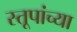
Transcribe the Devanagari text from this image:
स्तूपांच्या